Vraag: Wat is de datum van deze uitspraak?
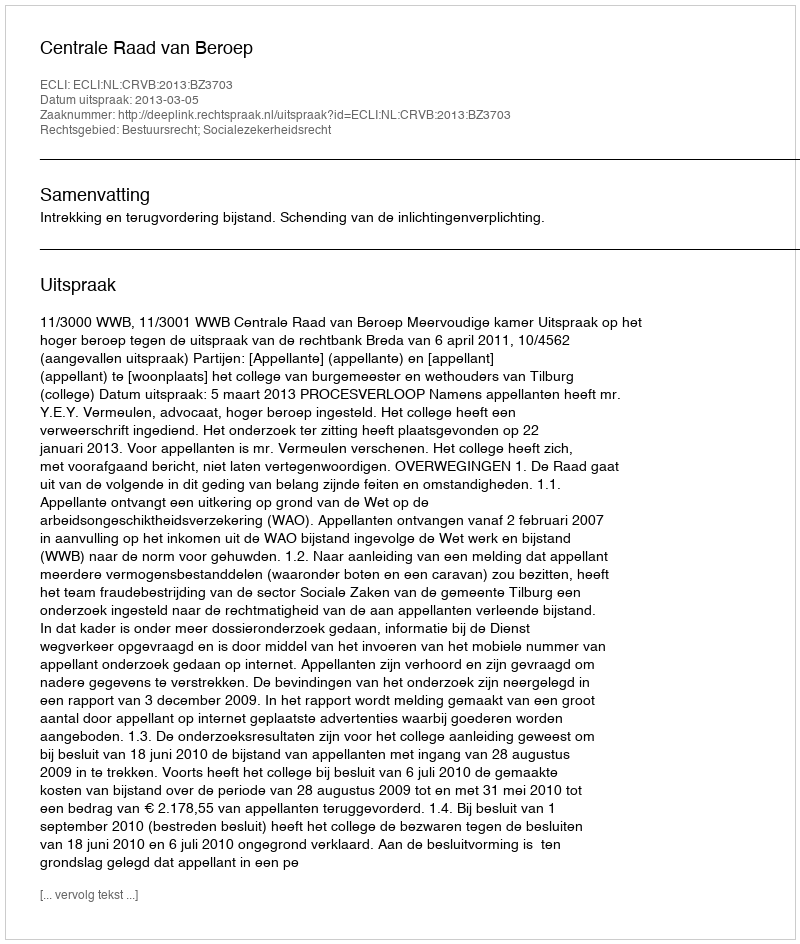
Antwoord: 2013-03-05